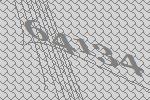
64134